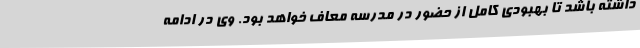
داشته باشد تا بهبودی کامل از حضور در مدرسه معاف خواهد بود. وی در ادامه